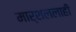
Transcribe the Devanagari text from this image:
मार्शललाही